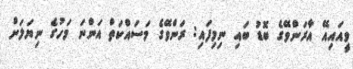
ވީއައިއޭ އާރަންވޭގެ ބޮޑު ބައި ނިމިފައި: ރަންވޭގެ މަސައްކަތް އަންނަ މަހުގެ ނިޔަލަށް